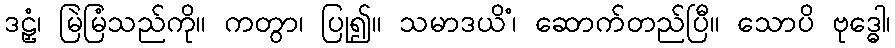
ဒဠှံ၊ မြဲမြံသည်ကို။ ကတွာ၊ ပြု၍။ သမာဒယိံ၊ ဆောက်တည်ပြီ။ သောပိ ဗုဒ္ဓေါ၊